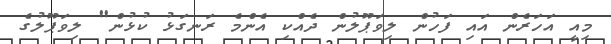
މިއީ އަހަރެން އައި ފަހުން ލިވަޕޫލުން ދެއްކި އެންމެ ރަނގަޅު ކުޅުން" ލިވަޕޫލުގެ